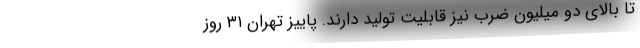
تا بالای دو میلیون ضرب نیز قابلیت تولید دارند. پاییز تهران ۳۱ روز